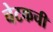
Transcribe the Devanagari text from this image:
चेटकची